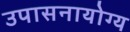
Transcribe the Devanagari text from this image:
उपासनायोग्य